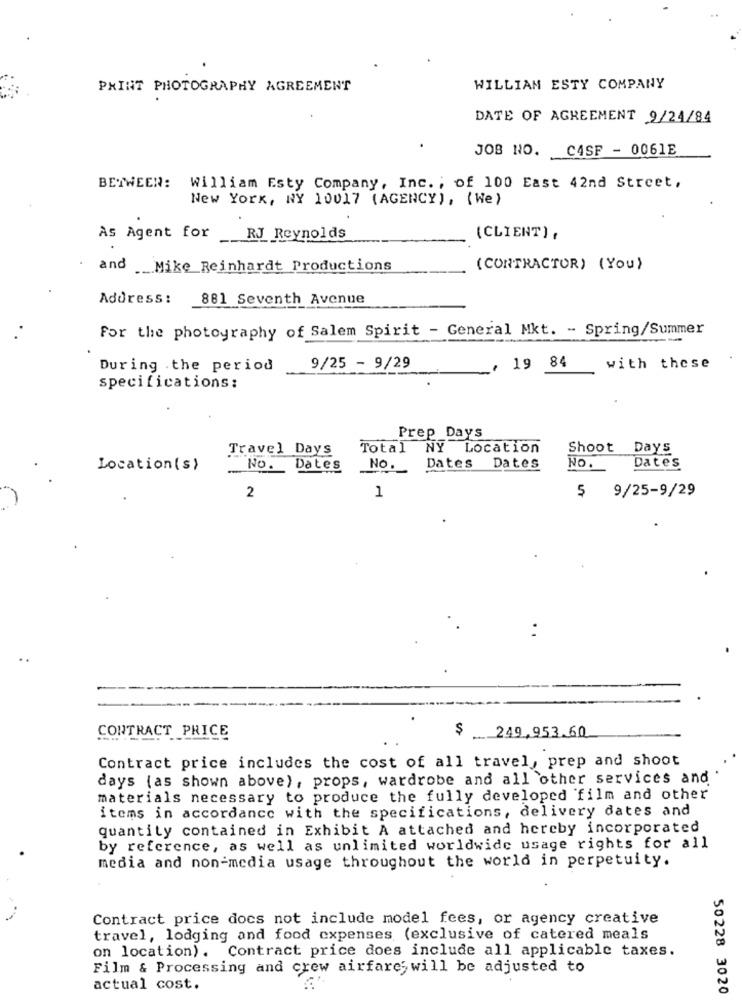
PAINT PHOTOGRAPHY AGREEMENT
WILLIAN ESTY COMPANY
DATE OF AGREEMENT 9/24/84
JOB NO.
CASF - 0061E
BETWEEN:
William Esty Company, Inc. ; of 100 East 42nd Street,
New York, NY 10017 (AGENCY), (We)
As Agent for
RJ Reynolds
(CLIENT),
and Mike Reinhardt Productions
(CONTRACTOR) (You)
Address :
881 Seventh Avenue
For the photography of Salem Spirit - General Mkt. - Spring/Summer
During the period
9/25 - 9/29
19 84
with these
specifications:
Prep Days
Travel Days
Total NY Location
Shoot Days
Location(s)
No.
Dates
No.
Dates Dates
No.
Dates
5 9/25-9/29
2
1
CONTRACT PRICE
$ 249,953.60
Contract price includes the cost of all travel, prep and shoot
days (as shown above), props, wardrobe and all other services and
materials necessary to produce the fully developed film and other
items in accordance with the specifications, delivery dates and
quantity contained in Exhibit A attached and hereby incorporated
by reference, as well as unlimited worldwide usage rights for all
media and non-media usage throughout the world in perpetuity.
Contract price does not include model fees, or agency creative
travel, lodging and food expenses (exclusive of catered meals
on location). Contract price does include all applicable taxes.
Film & Processing and crew airfare; will be adjusted to
actual cost.
50228 3020